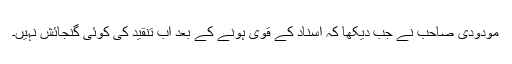
مودودی صاحب نے جب دیکھا کہ اسناد کے قوی ہونے کے بعد اب تنقید کی کوئی گنجائش نہیں۔